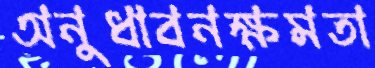
অনুধাবনক্ষমতা